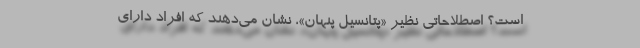
است؟ اصطلاحاتی نظیر «پتانسیل پنهان»، نشان می‌دهند که افراد دارای